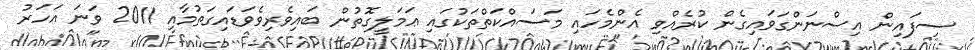
ސިފައިން އިސްނަންގަވައިގެން ކުރެއްވި އެންމެހައި މަސައްކަތްތަކުގައި ޢަމަލީގޮތުން ބައިވެރިވެވަޑައިގަތުމާއި 2011 ވަނަ އަހަރު